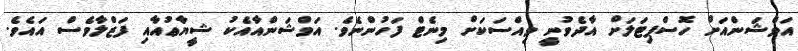
އަވްޝަންއަށް ހޮސްޕިޓަލަށް އާދެވުނީ ވިއްސަކަށް މިނެޓް ފަހުންނެވެ. އަވްޝަންއާއެކު ޝީޔާޢުއާއި ފަޒްލާވެސް އައެވެ.